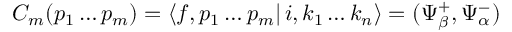
C _ { m } ( p _ { 1 } \ldots p _ { m } ) = \left\langle f , p _ { 1 } \ldots p _ { m } \right| i , k _ { 1 } \ldots k _ { n } \rangle = ( \Psi _ { \beta } ^ { + } , \Psi _ { \alpha } ^ { - } )